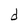
Character: d